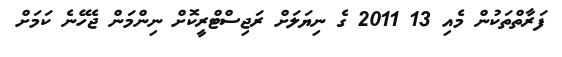
ފަރާތްތަކުން މެއި 13 2011 ގެ ނިޔަލަށް ރަޖިސްޓްރީކޮށް ނިންމަން ޖެހޭނެ ކަމަށް